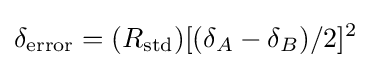
\delta _{\text{error}}=(R_{\text{std}})[(\delta _{A}-\delta _{B})/2]^{2}